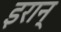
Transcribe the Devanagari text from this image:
इरान्